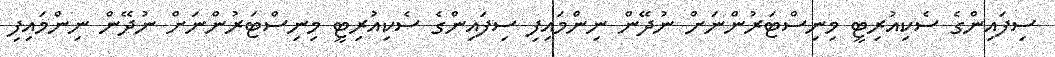
ސިފައިންގެ ސެކިއުރިޓީ މިނިސްޓަރުންނަށް ނުދޭން ނިންމައިފި ސިފައިންގެ ސެކިއުރިޓީ މިނިސްޓަރުންނަށް ނުދޭން ނިންމައިފި